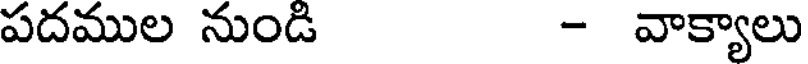
పదముల నుండి - వాక్యాలు